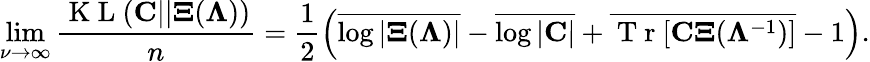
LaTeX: \operatorname*{lim}_{\nu\to\infty}\frac{\mathrm{~K~L~}({\mathbf C}||{\mathbf\Xi}({\mathbf\Lambda}))}{n}=\frac{1}{2}\left(\overline{{\log|{\mathbf\Xi}({\mathbf\Lambda})|}}-\overline{{\log|{\mathbf C}|}}+\overline{{\mathrm{~T~r~}[\mathbf{C\Xi}({\mathbf\Lambda}^{-1})]}}-1\right).